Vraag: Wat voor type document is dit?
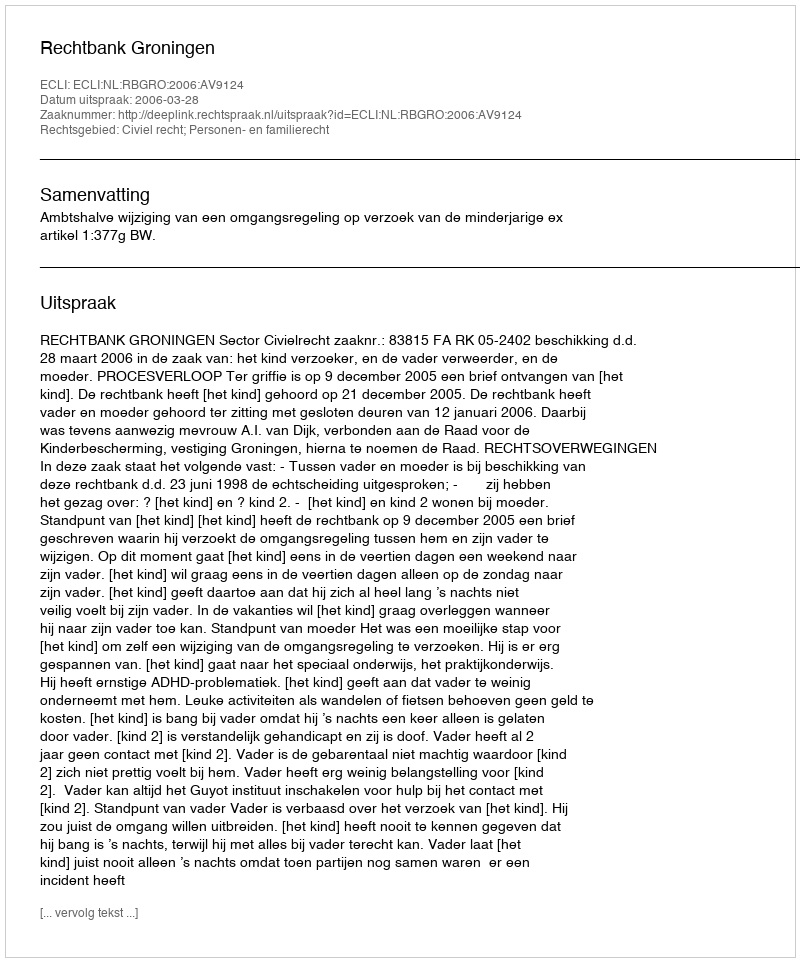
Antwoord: Uitspraak